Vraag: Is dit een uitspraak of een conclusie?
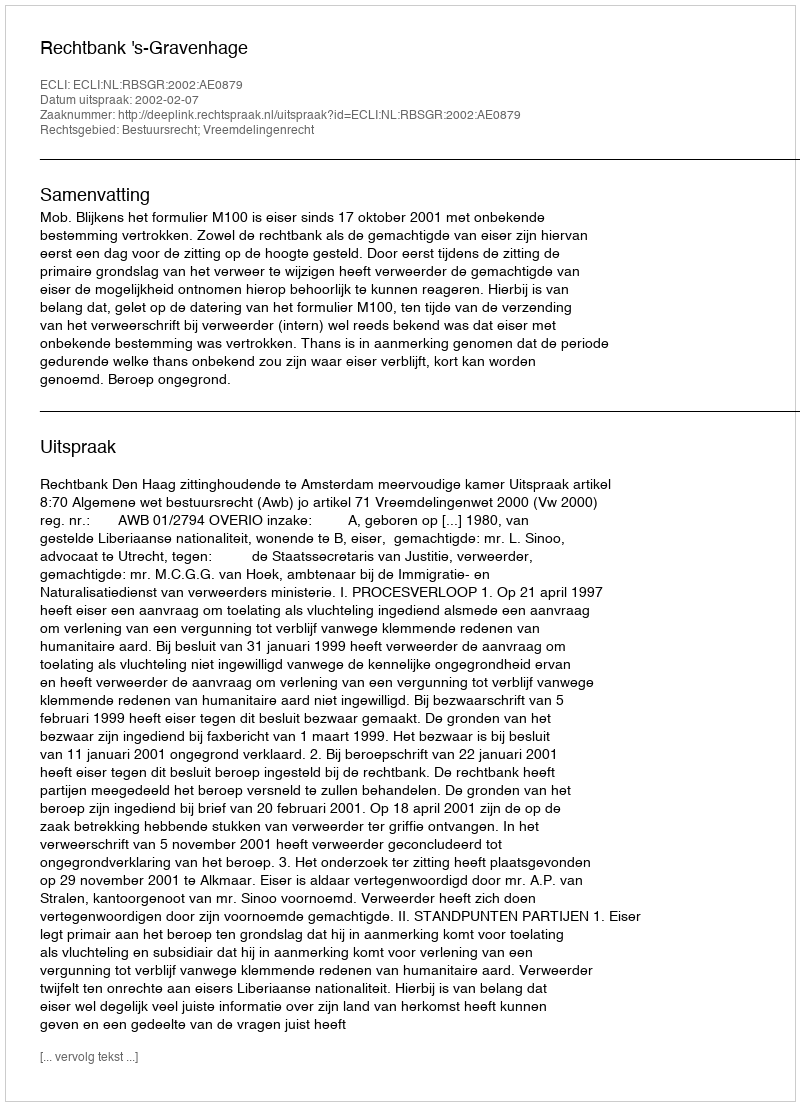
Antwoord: Uitspraak